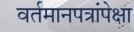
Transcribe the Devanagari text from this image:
वर्तमानपत्रांपेक्षा